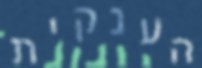
הענקית